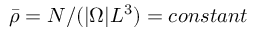
\bar { \rho } = N / ( | \Omega | L ^ { 3 } ) = c o n s t a n t